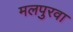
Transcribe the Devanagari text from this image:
मलपुरवा